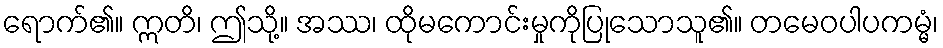
ရောက်၏။ ဣတိ၊ ဤသို့။ အဿ၊ ထိုမကောင်းမှုကိုပြုသောသူ၏။ တမေဝပါပကမ္မံ၊